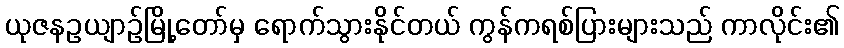
ယုဇနဥယျာဉ်မြို့တော်မှ ရောက်သွားနိုင်တယ် ကွန်ကရစ်ပြားများသည် ကာလိုင်း၏